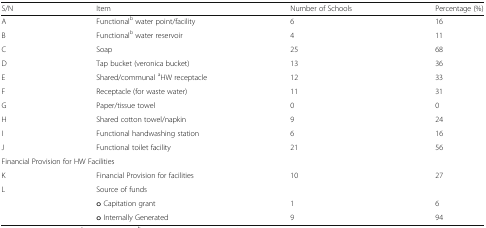
<table><thead><tr><td><b>S/N</b></td><td><b>Item</b></td><td><b>Number of Schools</b></td><td><b>Percentage (%)</b></td></tr></thead><tbody><tr><td>A</td><td>Functional<sup>b</sup> water point/facility</td><td>6</td><td>16</td></tr><tr><td>B</td><td>Functional<sup>b</sup> water reservoir</td><td>4</td><td>11</td></tr><tr><td>C</td><td>Soap</td><td>25</td><td>68</td></tr><tr><td>D</td><td>Tap bucket (veronica bucket)</td><td>13</td><td>36</td></tr><tr><td>E</td><td>Shared/communal <sup>a</sup>HW receptacle</td><td>12</td><td>33</td></tr><tr><td>F</td><td>Receptacle (for waste water)</td><td>11</td><td>31</td></tr><tr><td>G</td><td>Paper/tissue towel</td><td>0</td><td>0</td></tr><tr><td>H</td><td>Shared cotton towel/napkin</td><td>9</td><td>24</td></tr><tr><td>I</td><td>Functional handwashing station</td><td>6</td><td>16</td></tr><tr><td>J</td><td>Functional toilet facility</td><td>21</td><td>56</td></tr><tr><td colspan="4">Financial Provision for HW Facilities</td></tr><tr><td>K</td><td>Financial Provision for facilities</td><td>10</td><td>27</td></tr><tr><td rowspan="3">L</td><td>Source of funds</td><td></td><td></td></tr><tr><td>o Capitation grant</td><td>1</td><td>6</td></tr><tr><td>o Internally Generated</td><td>9</td><td>94</td></tr></tbody></table>